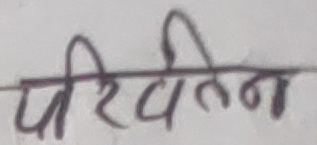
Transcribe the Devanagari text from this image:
पिरिवेतन